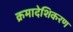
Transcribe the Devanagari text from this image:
क्रमादेशिकरण